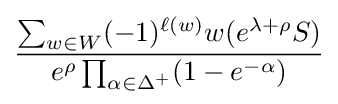
{\sum _{w\in W}(-1)^{\ell (w)}w(e^{\lambda +\rho }S) \over e^{\rho }\prod _{\alpha \in \Delta ^{+}}(1-e^{-\alpha })}